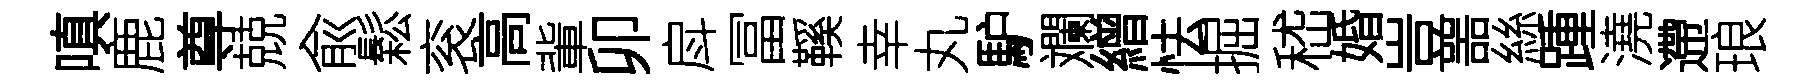
嗔鹿尊兢兪鬆衮高軰卯戽冨鞵幸丸馿斕繒怯掘嵇婚豈噐絲踵澆遰琅